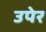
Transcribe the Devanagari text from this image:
उपेर